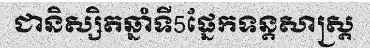
ជានិស្សិតឆ្នាំទី5ផ្នែកទន្តសាស្ត្រ